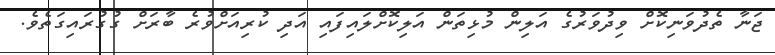
ޖަނާ ތެދުވަނިކޮށް ވިދުވަރުގެ އަލިން މުޅިތަން އަލިކޮށްލައިފައި އަދި ކުރިއަށްވުރެ ބާރަށް ގުގުރައިގަތެވެ.